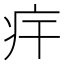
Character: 𤴲